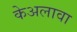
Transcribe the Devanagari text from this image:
केअलावा